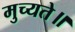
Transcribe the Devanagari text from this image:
मुच्यते॥